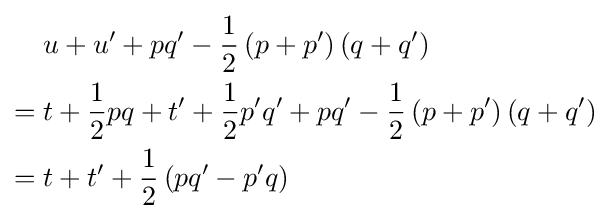
{\begin{aligned}&u+u'+pq'-{\frac {1}{2}}\left(p+p'\right)\left(q+q'\right)\\={}&t+{\frac {1}{2}}pq+t'+{\frac {1}{2}}p'q'+pq'-{\frac {1}{2}}\left(p+p'\right)\left(q+q'\right)\\={}&t+t'+{\frac {1}{2}}\left(pq'-p'q\right)\end{aligned}}